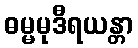
ဓမ္မမုဒီရယန္တာ